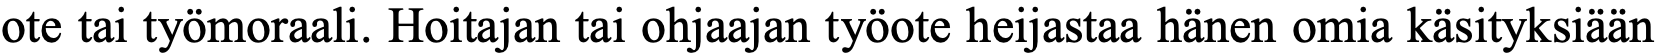
ote tai työmoraali. Hoitajan tai ohjaajan työote heijastaa hänen omia käsityksiään